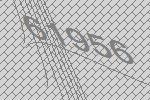
61956